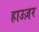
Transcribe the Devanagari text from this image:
हाउज़र